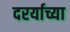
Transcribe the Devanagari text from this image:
दरर्याच्या